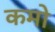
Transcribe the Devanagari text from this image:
कमो